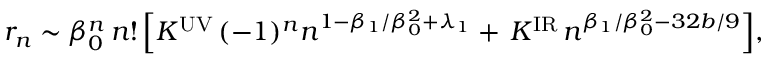
r _ { n } \sim \beta _ { 0 } ^ { n } \, n ! \, \Big [ K ^ { \mathrm { U V } } \, ( - 1 ) ^ { n } n ^ { 1 - \beta _ { 1 } / \beta _ { 0 } ^ { 2 } + \lambda _ { 1 } } + \, K ^ { \mathrm { I R } } \, n ^ { \beta _ { 1 } / \beta _ { 0 } ^ { 2 } - 3 2 b / 9 } \Big ] ,